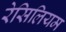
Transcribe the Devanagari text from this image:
रेसिलियम